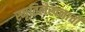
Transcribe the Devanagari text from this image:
स्मृतिलेखनाची